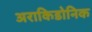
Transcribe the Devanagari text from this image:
अराकिडोनिक